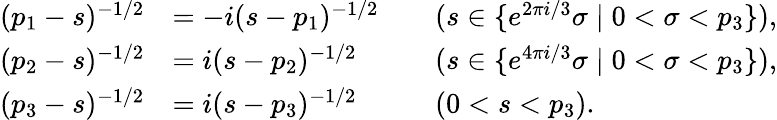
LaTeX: \begin{array}{rlrl}{(p_{1}-s)^{-1/2}}&{=-i(s-p_{1})^{-1/2}}&&{(s\in\{ e^{2\pi i/3}\sigma\mid 0<\sigma<p_{3}\} ),}\\ {(p_{2}-s)^{-1/2}}&{=i(s-p_{2})^{-1/2}}&&{(s\in\{ e^{4\pi i/3}\sigma\mid 0<\sigma<p_{3}\} ),}\\ {(p_{3}-s)^{-1/2}}&{=i(s-p_{3})^{-1/2}}&&{(0<s<p_{3}).}\end{array}